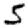
Digit: 5